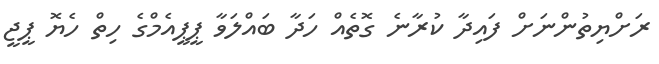
ރަށްޔިތުންނަށް ފައިދާ ކުރާނެ ގޮތެއް ހަދާ ބައްލަވާ ޕީޕީއެމްގެ ހިތް ހެޔޮ ޕީޖީ